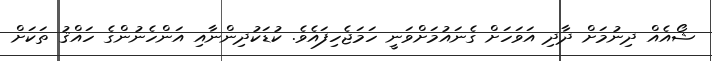
ޝޯއެއް ދިނުމަށް ދާދި އަވަހަށް ގެނައުމަށްވަނީ ހަމަޖެހިފައެވެ. ކުޑަކުދިންނާއި އަންހެނުންގެ ހައްޤު ތަކަށް